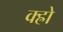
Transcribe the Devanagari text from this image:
क्ह्रो